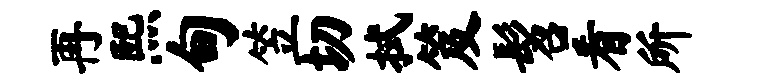
再熙甸笠切拭笈髫看所